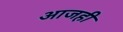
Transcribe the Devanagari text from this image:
अाजही